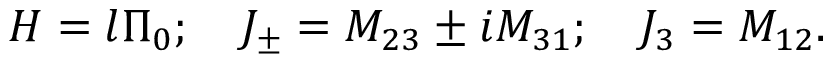
H = l \Pi _ { 0 } ; \quad J _ { \pm } = M _ { 2 3 } \pm i M _ { 3 1 } ; \quad J _ { 3 } = M _ { 1 2 } .